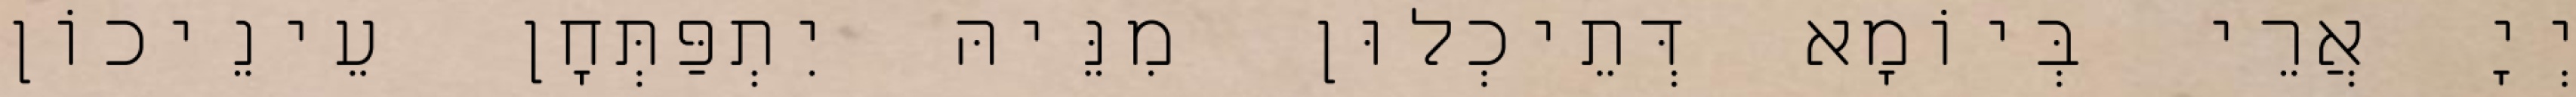
יְיָ אֲרֵי בְּיוֹמָא דְּתֵיכְלוּן מִנֵּיהּ יִתְפַּתְּחָן עֵינֵיכוֹן